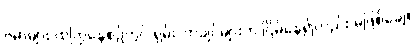
ဗမာများ ထကြွနေစဉ်တွင် ရှမ်း၊ ကချင်များက ငြိမ်နေ၍လည်း မဖြစ်ချေ။